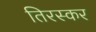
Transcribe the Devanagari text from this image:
तिरस्कर